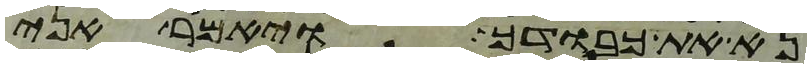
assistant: נא את כבודך ויאמר אני